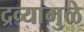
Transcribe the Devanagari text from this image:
द्रव्यामुळे